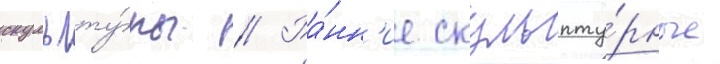
скульпту́ры // Ра́нн'ие скульпту́рные